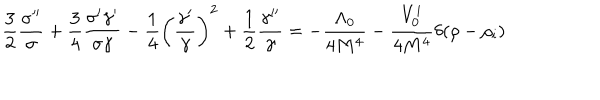
{ \frac { 3 } { 2 } } { \frac { \sigma ^ { \prime \prime } } { \sigma } } + { \frac { 3 } { 4 } } { \frac { \sigma ^ { \prime } \gamma ^ { \prime } } { \sigma \gamma } } - { \frac { 1 } { 4 } } \left( { \frac { \gamma ^ { \prime } } { \gamma } } \right) ^ { 2 } + { \frac { 1 } { 2 } } { \frac { \gamma ^ { \prime \prime } } { \gamma } } = - { \frac { \Lambda _ { 0 } } { 4 M ^ { 4 } } } - { \frac { V _ { 0 } ^ { i } } { 4 M ^ { 4 } } } \delta ( \rho - \rho _ { i } )